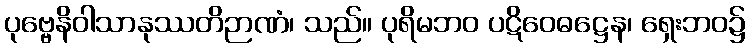
ပုဗ္ဗေနိဝါသာနုဿတိဉာဏံ၊ သည်။ ပုရိမဘဝ ပဋိဝေဓဋ္ဌေန၊ ရှေးဘဝ၌